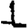
Digit: 1